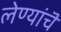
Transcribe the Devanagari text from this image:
लेण्यांचॆ